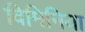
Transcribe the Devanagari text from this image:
विमिनिया